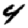
Digit: 4